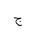
Letter: _gim